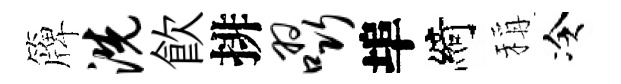
簰洗飮排啜埠綺稱冷